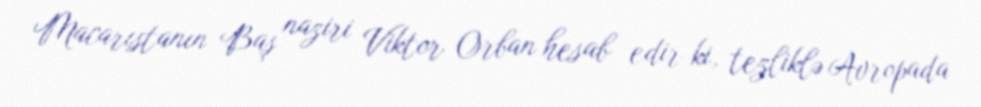
Macarıstanın Baş naziri Viktor Orban hesab edir ki, tezliklə Avropada